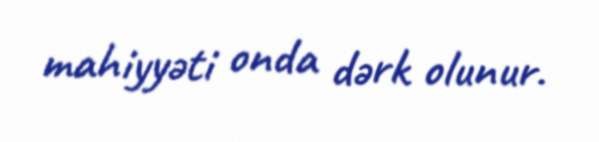
mahiyyəti onda dərk olunur.